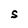
Character: S